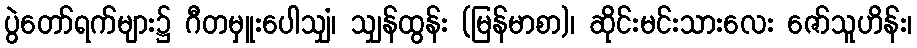
ပွဲတော်ရက်များ၌ ဂီတမှူးပေါသျှံ၊ သျှန်ထွန်း (မြန်မာစာ)၊ ဆိုင်းမင်းသားလေး ဇော်သူဟိန်း၊